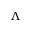
\boldsymbol { \Lambda }